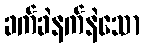
ခက်ခဲနက်နဲသော